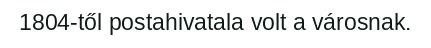
1804-től postahivatala volt a városnak.